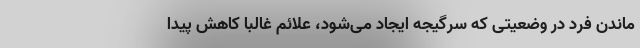
ماندن فرد در وضعیتی که سرگیجه ایجاد می‌شود، علائم غالبا کاهش پیدا